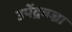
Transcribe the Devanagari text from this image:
उपेंद्रवज्रा